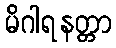
မိဂါရနတ္တာ